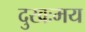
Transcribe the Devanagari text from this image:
दुखःमय